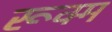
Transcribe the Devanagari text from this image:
रूक्म